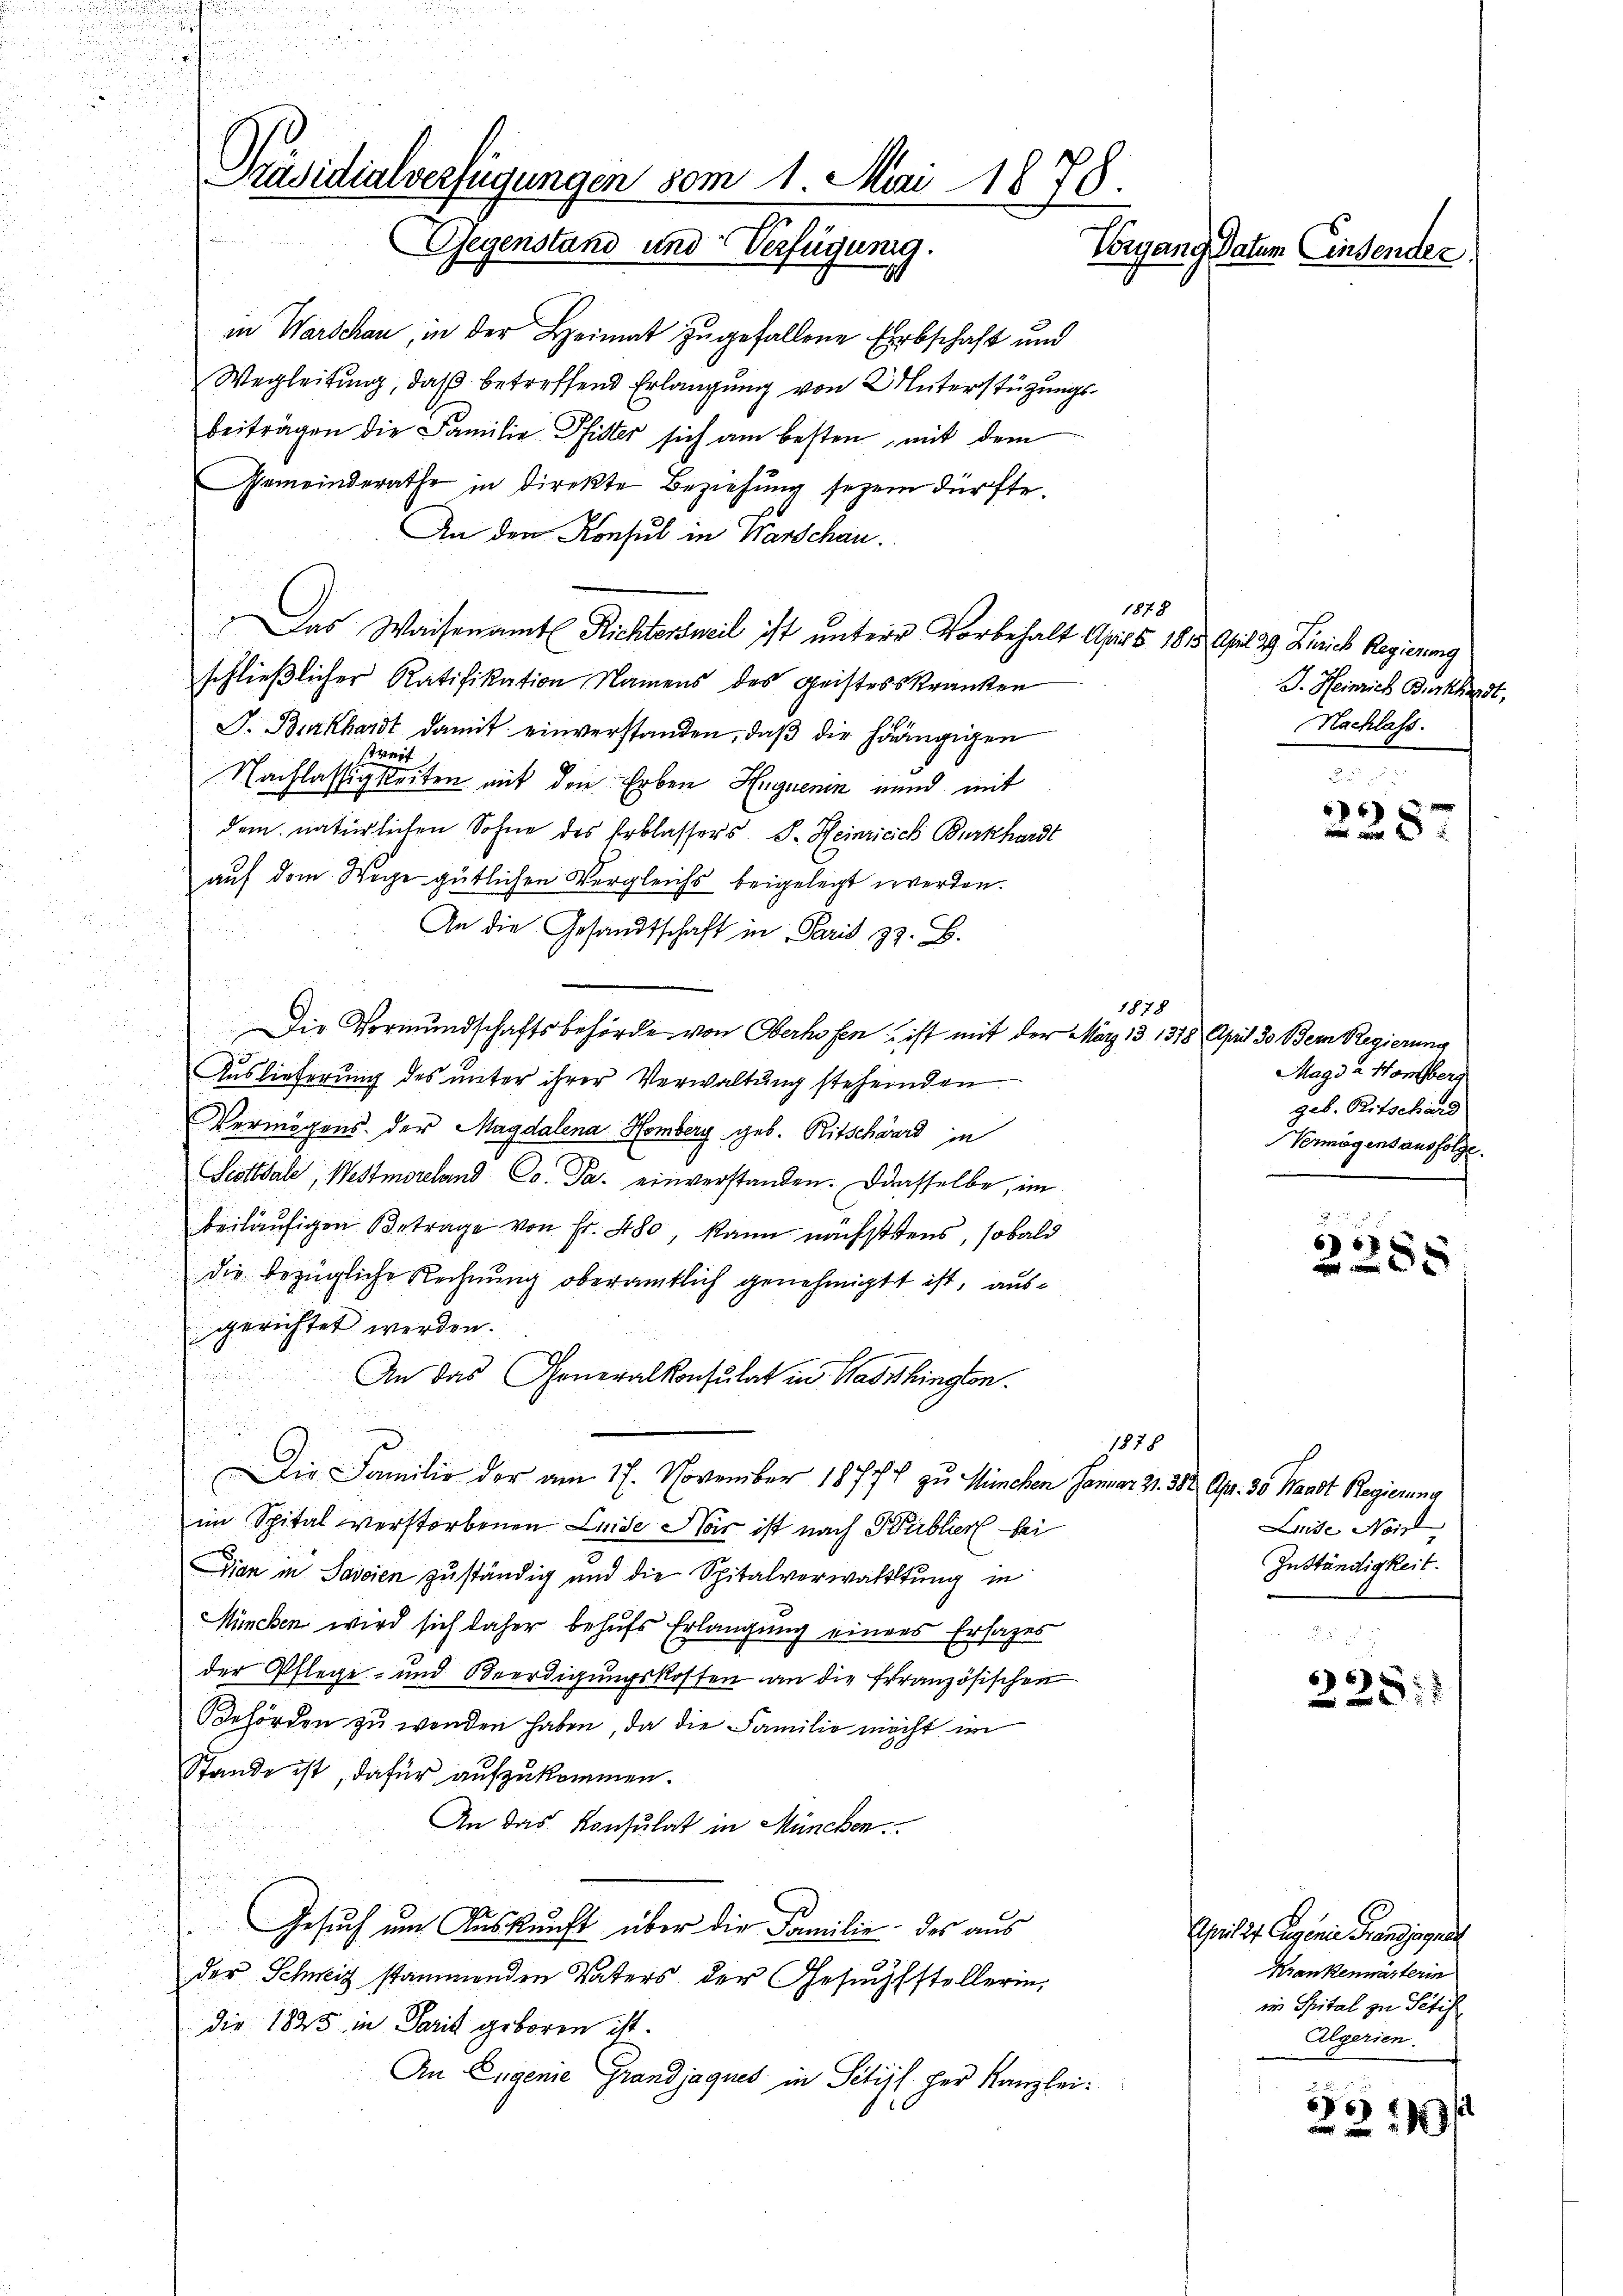
Präsidialverfügungen vom 1. Mai 1878.
Gegenstand und Verfügung.
Vorgang Datum Einsender.

in Warschau, in der Heimat zugefallene Erbschaft und
Wegleitung, daß betreffend Erlangung von Unterstüzungsbeiträgen die Familie Pfister sich am besten, mit dem
Gemeinderathe in Direkte Beziehung seyen dürfte.
An den Konsul in Warschau.
Das Waisenamt Richtersweil ist unterer Vorbehalt April 1815. April 29. Zürich Regierung
schließlicher Ratifikation Namens des Geistesskranken
S. Burkhardt damit einverstanden, daβ die hängigen
ait
Nachlässigkeiten mit den Erben Huguenin und mit
dem natürlichen Sohne des Erblassers S. Heinricich Burkhardt
auf dem Wege gütlichen Vergleichs beigelegt werden.
An die Gesandtschaft in Paris z. B.
Die Vormundschaftsbehörde von Oberhofen, ist mit der März 13 1318 April 30 Bern Regierung
Auslieferŭng des ŭnter ihrer Verwaltŭng stehenden
Vermögens der Magdalena Homberg geb. Ritschward in
Scotthale, Westmoreland Co. Da einverstanden. Dasselbe, im
beiläufigen Betrage von Fr. 480 kann nächstens, sobald
die bezügliche Rechnung oberamtlich genehmigt ist, ausgerichtet werden.

An das Generalkonsulat in Washingten.

d
1878
Die Familie der am 17. November 1877 zu München Januar 21. 382 Apr. 30 Waadt Regierung
im Spital verstorbenen Leide Hos ist nach Publier bei
Dian in Saicien zuständig und die Spitalverwaltung in
Mineben wird sich daher behufs Erlangung eines Ersatzes
der Pflege- und Beerdigungskosten an die französischen
Behörden zu werden haben, da die Familie macht im
Stande ist, dafür aufzukommen.
An das Konsulat in München.
Gesuch um Auskunft über die Familie des aus
der Schweiz stammenden Vaters der Gesuchsstellerin,
die 1845 in Paris geboren ist.
An Eugenie Grandjaques in Schiff der Kanzlei¬

1878

1878

J. Heinrich Burkhardt,
Nachlass.

4
in ein

Magda Homberg
geb. Bitschand
Vermögensausfolge.

6
8

Luise Not
Zuständigkeit.

6
2

Schweil der Cangenie Franzjogues
Krankenwärterin
in Spital zu Peti
Algerien.

557
 11/2